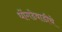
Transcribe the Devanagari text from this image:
धोंगडेवाडीचे